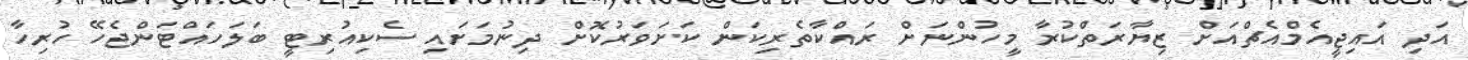
އަދި އައިޖީއެމްއެޗްއަށް ޒިޔާރަތްކުރާ މީހުންނަށް ރައްކާތެރިކަން ކަށަވަރުކޮށް ދިނުމަށައި ސެކިއުރިޓީ ބަލަހައްޓަންޖެހޭ ހުރިހާ